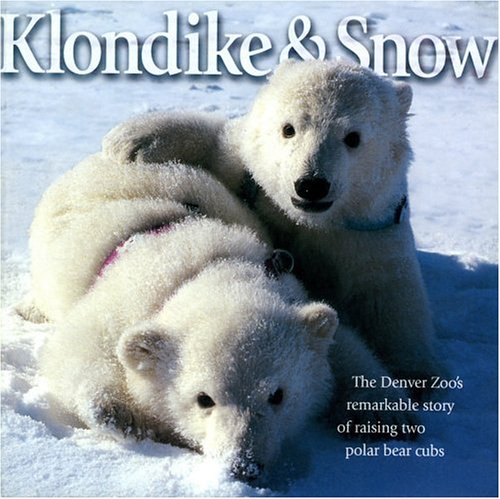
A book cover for Klondike & Snow: The Denver Zoo's Remarkable Story of Raising Two Polar Bear Cubs; David E. Kenny; Sports & Outdoors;